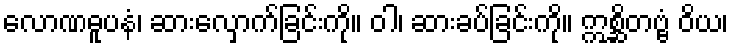
လောဏဓူပနံ၊ ဆားလှောက်ခြင်းကို။ ဝါ၊ ဆားခပ်ခြင်းကို။ ဣစ္ဆိတဗ္ဗံ ဝိယ၊